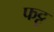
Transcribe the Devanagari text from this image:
फट्टू